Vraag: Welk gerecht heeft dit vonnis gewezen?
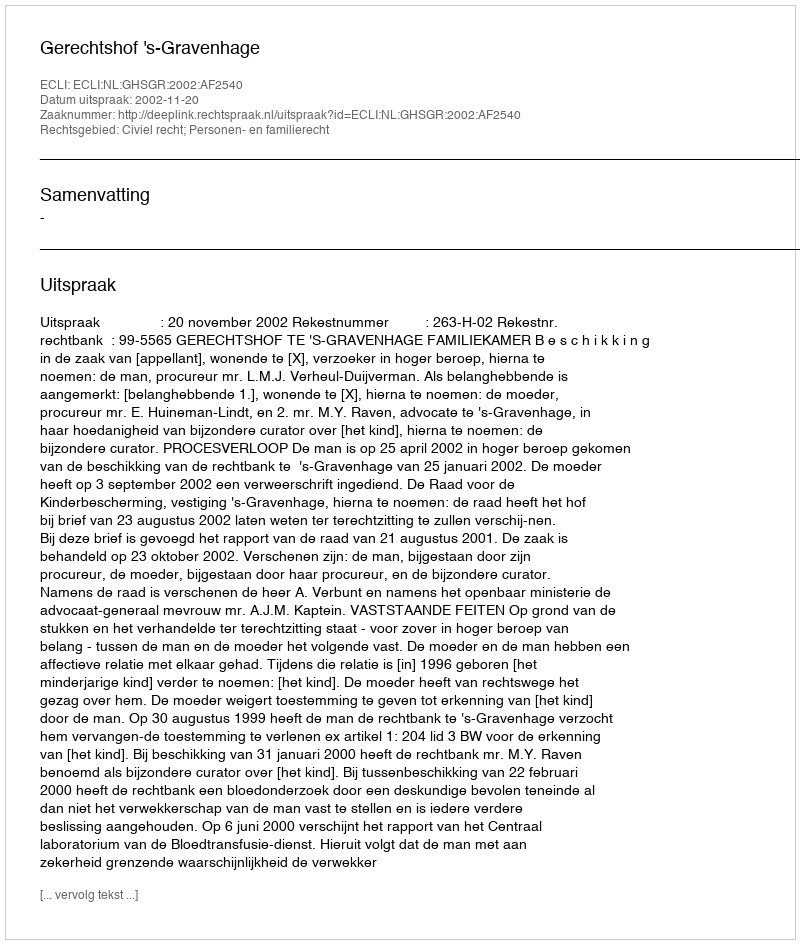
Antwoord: Gerechtshof 's-Gravenhage